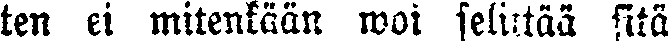
ten ei mitenkään woi selittää sitä